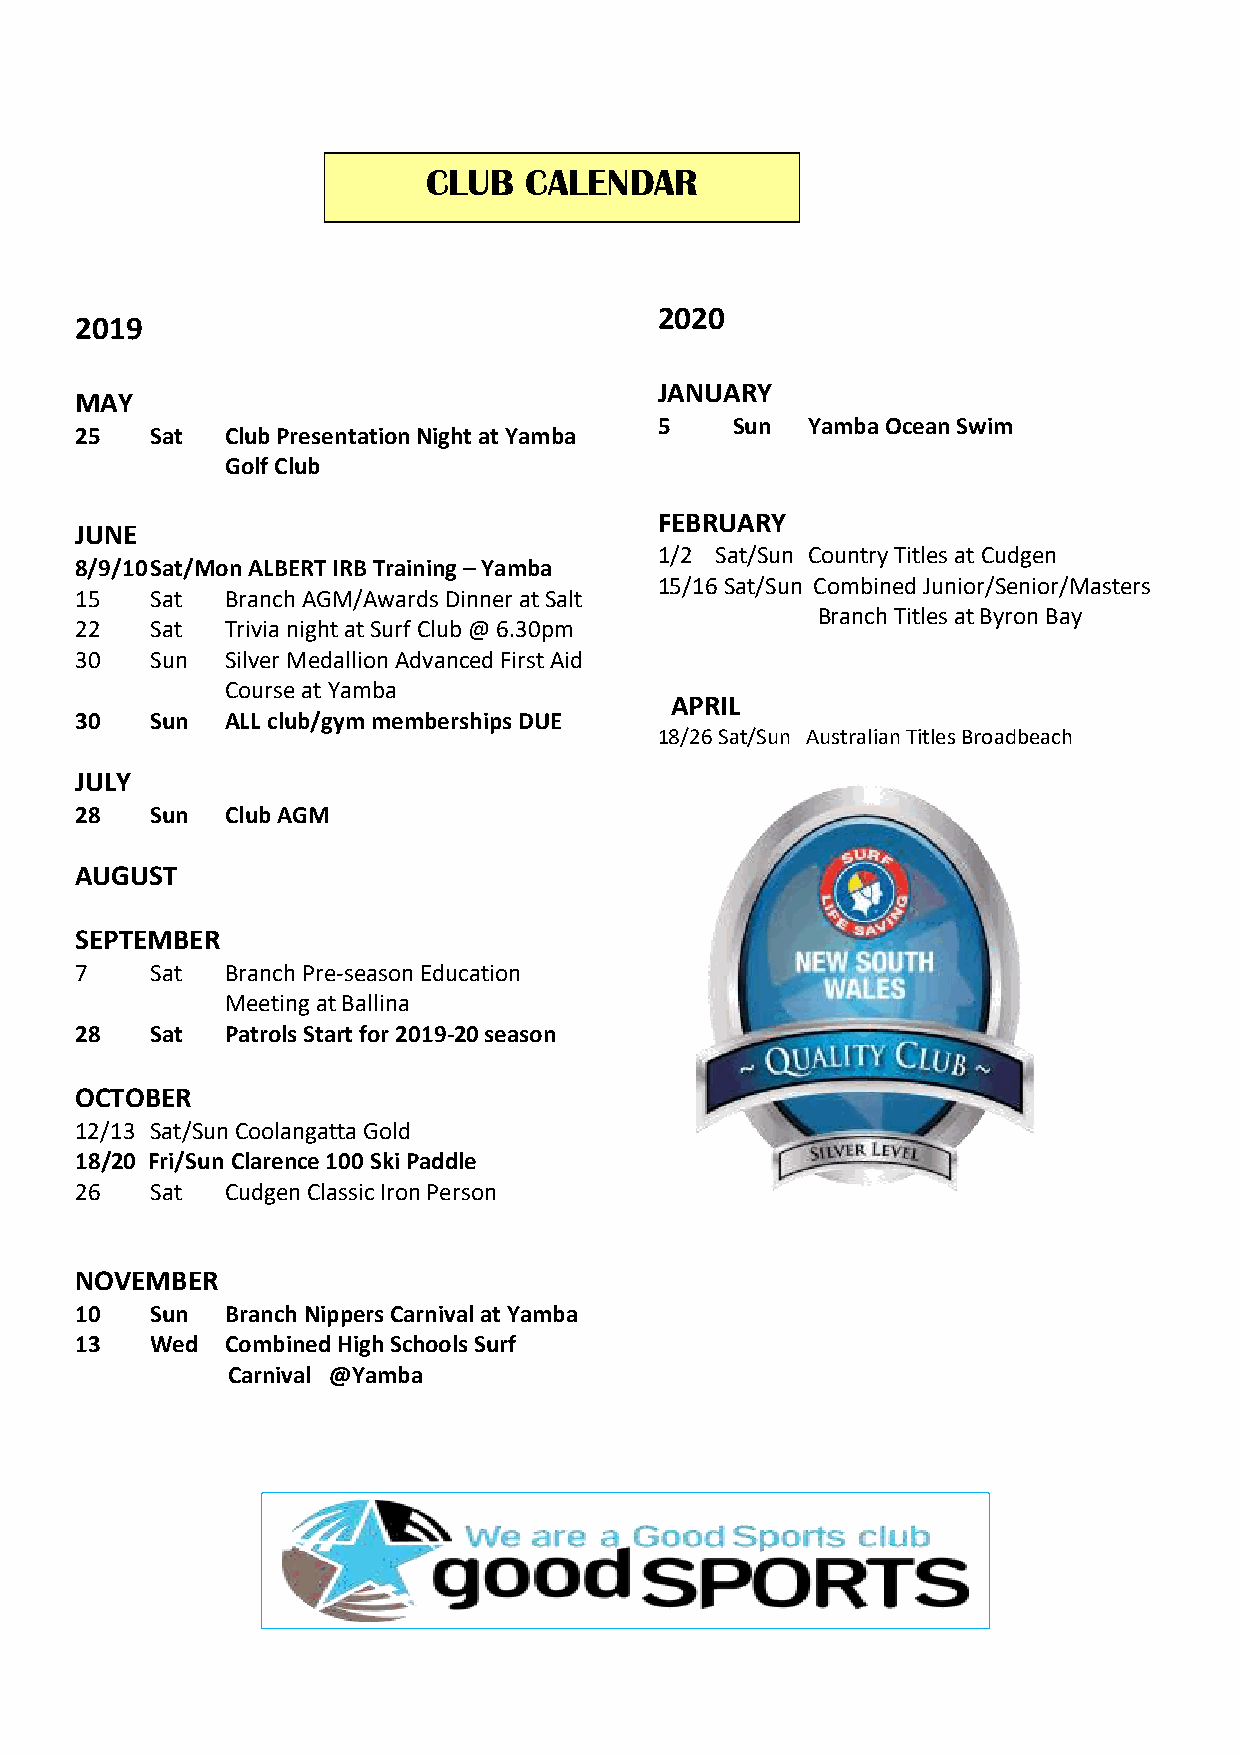
CLUB   CALENDA   R
 2020
 2019
 JANUARY
 MAY
 5   Sun  Yamba Ocean Swim
 25   Sat  Club Presentation Night at Yamba
 Golf Club
 FEBRUARY
 JUNE
 1/2 Sat/Sun Country Titles at Cudgen
 8/9/10 Sat/Mon ALBERT IRB Training – Yamba
 15/16 Sat/Sun Combined Junior/Senior/Masters
 15   Sat  Branch AGM/Awards Dinner at Salt
 Branch Titles at Byron Bay
 22   Sat  Trivia night at Surf Club @ 6.30pm
 30   Sun  Silver Medallion Advanced First Aid
 Course at Yamba
 APRIL
 30   Sun  ALL club/gym memberships DUE
 18/26 Sat/Sun Australian Titles Broadbeach
 JULY
 28   Sun  Club AGM
 AUGUST
 SEPTEMBER
 7    Sat  Branch Pre-season Education
 Meeting at Ballina
 28   Sat  Patrols Start for 2019-20 season
 OCTOBER
 12/13 Sat/Sun Coolangatta Gold
 18/20 Fri/Sun Clarence 100 Ski Paddle
 26   Sat  Cudgen Classic Iron Person
 NOVEMBER
 10   Sun  Branch Nippers Carnival at Yamba
 13   Wed  Combined High Schools Surf
 Carnival @Yamba